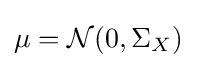
\mu ={\mathcal {N}}(0,\Sigma _{X})